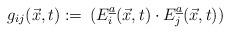
LaTeX: \begin{align*}g_{ij}(\vec{x},t):=\,(E_i\sp{\underline{a}}(\vec{x},t)\cdot E_j\sp{\underline{a}}(\vec{x},t))\end{align*}